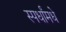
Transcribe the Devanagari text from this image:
स्पर्धांमधे